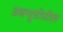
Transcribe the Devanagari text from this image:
डब्ल्यूबीजीएच